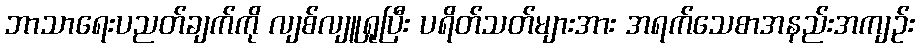
ဘာသာရေးပညတ်ချက်ကို လျစ်လျူရှုပြီး ပရိတ်သတ်များအား အရက်သေစာအနည်းအကျဉ်း